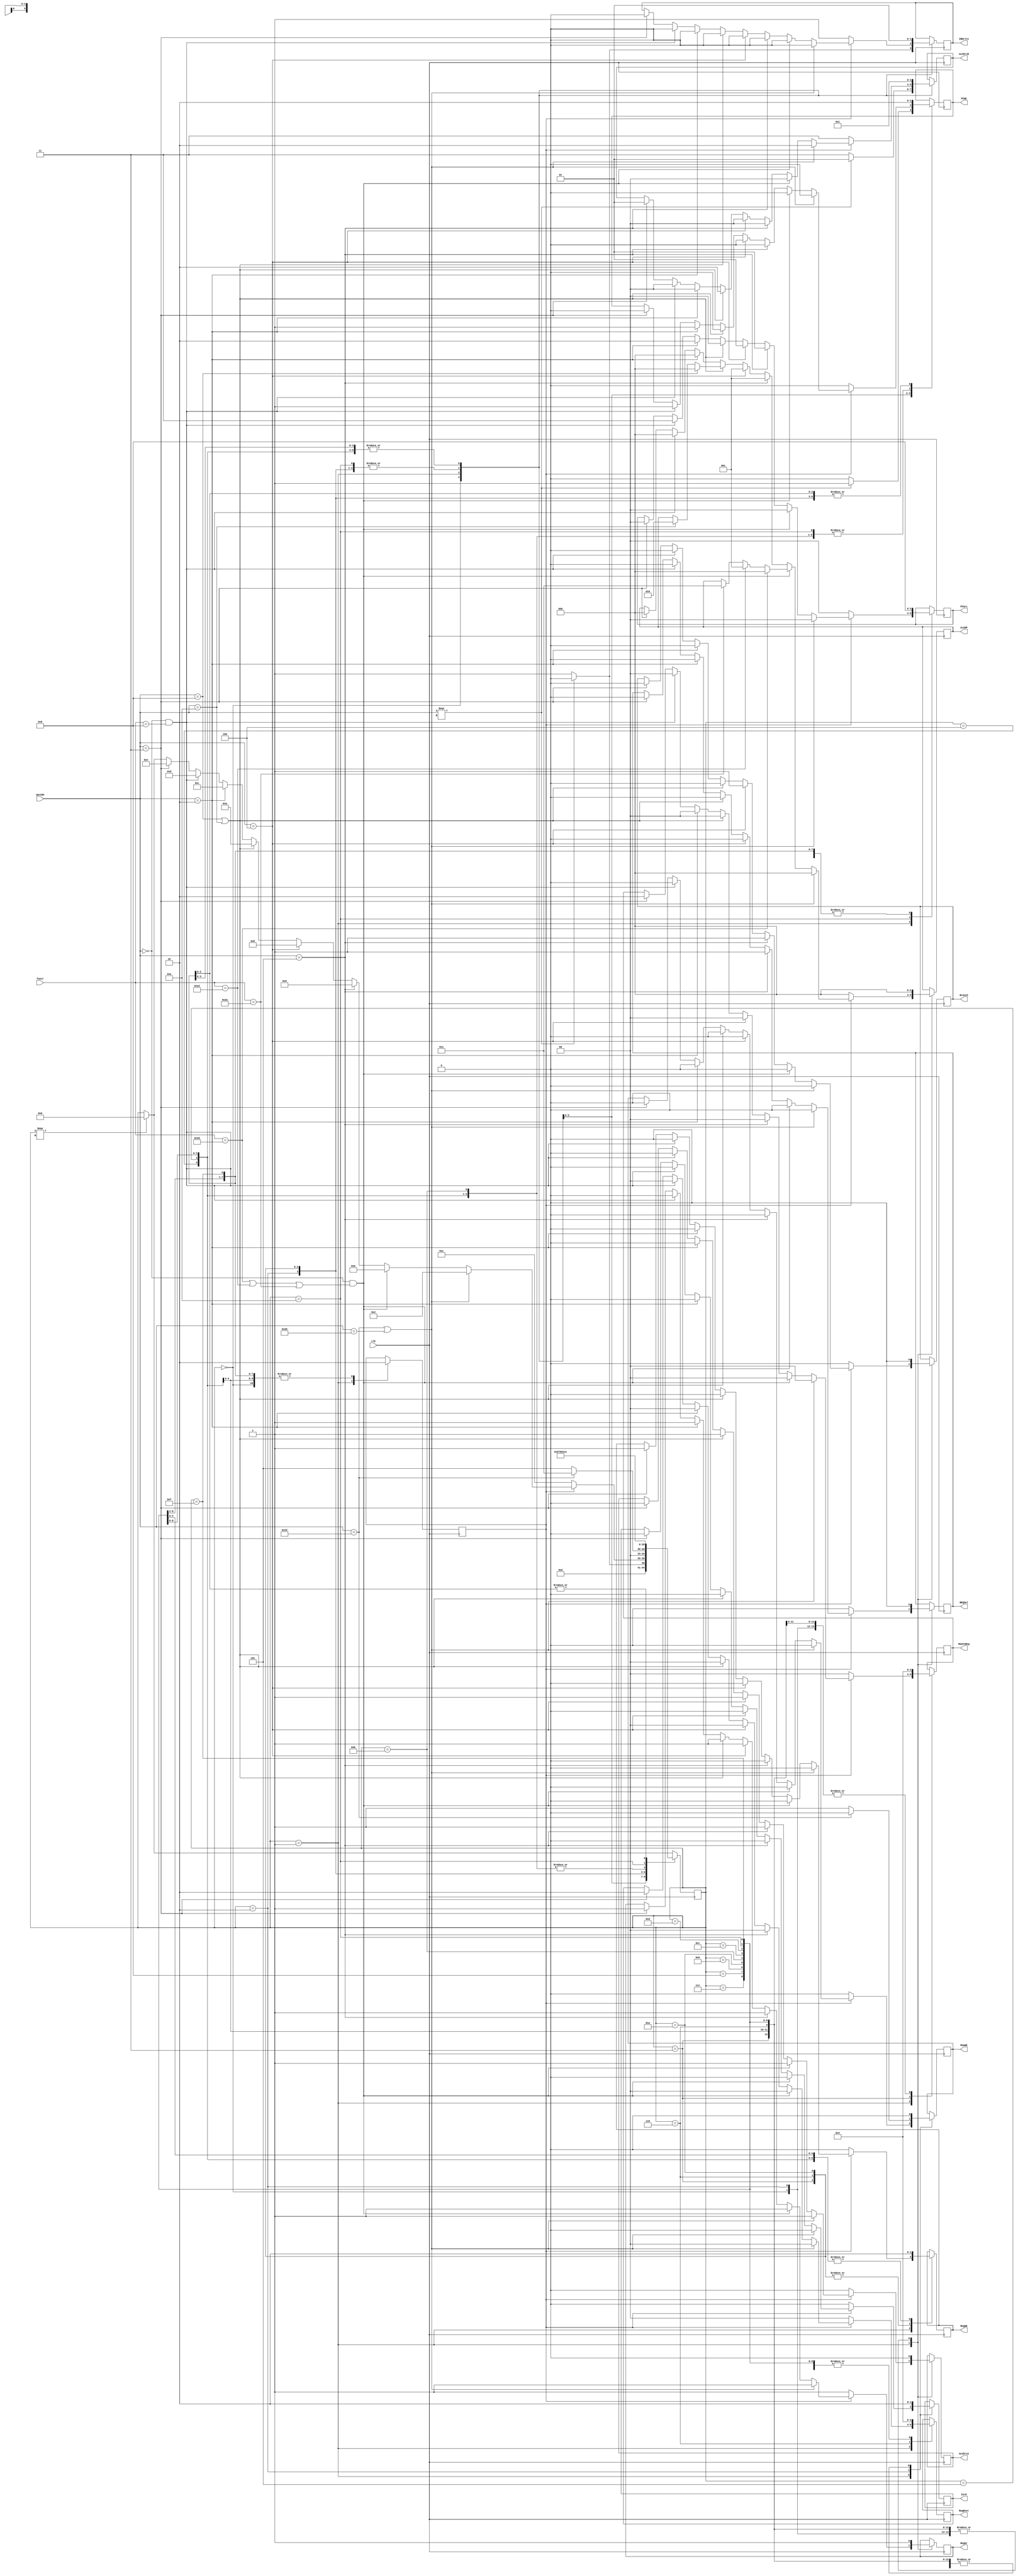
//------------------------------------------------------------------------
// Finite State Machine
//------------------------------------------------------------------------
`define ADD  3'd0
`define SUB  3'd1
`define XOR  3'd2
`define SLT  3'd3
`define AND  3'd4
`define NAND 3'd5
`define NOR  3'd6
`define OR   3'd7

module fsm (
input clk,
input [5:0] opcode,
input [5:0] funct,
output reg PCWE, IorD, MemWE, IRWrite, RegSr,
output reg RegWE, ALUSrcA, Branch, BEQSel,
output reg [2:0] ALUOP,
output reg [1:0] RegDest, MemToReg, ALUSrcB, PCSrc
);
// state constants
parameter Fetch = 5'd0;
parameter Decode = 5'd1;
parameter MemAddr = 5'd2;
parameter MemRead = 5'd3;
parameter MemWriteBack = 5'd4;
parameter MemWrite = 5'd5;
parameter Execute = 5'd6;
parameter ALUWriteBack = 5'd7;
parameter BEQ = 5'd8;
parameter BNE = 5'd9;
parameter ADDIExecute = 5'd10;
parameter ADDIWriteBack = 5'd11;
parameter Jump = 5'd12;
parameter JR = 5'd13;
parameter JALWriteBack = 5'd14;
parameter JALJump = 5'd15;

// state variables
reg[4:0] state;
reg count; //Decode takes one extra clock cycle to complete

// map state to flags
always @ (posedge clk)
begin
  if (state === 5'dx) begin //cold start
    state <= Fetch;
  end
  case(state)
    Fetch : begin
      if (opcode === 6'dx) begin //cold start
        state <= Fetch;
        PCWE <= 1;
        IorD <= 0;
        MemWE <= 0;
        IRWrite <= 0;
        RegDest <= 2'd0;
        RegSr <= 1;
        MemToReg <= 2'd0;
        RegWE <= 0;
        ALUSrcA <= 0;
        ALUSrcB <= 2'd1;
        ALUOP <= `ADD;
        PCSrc <= 2'd0;
        Branch <= 0;
        BEQSel <= 0;
        count <= 0;
      end else begin
        state <= Decode;
        PCWE <= 0;
        IorD <= 0;
        MemWE <= 0;
        IRWrite <= 1;
        RegDest <= 2'd0;
        RegSr <= 1;
        MemToReg <= 2'd0;
        RegWE <= 0;
        ALUSrcA <= 0;
        ALUSrcB <= 2'd3;
        ALUOP <= `ADD;
        PCSrc <= 2'd0;
        Branch <= 0;
        BEQSel <= 0;
        count <= 0;
      end
    end
    Decode : begin
      if (count == 0) begin
        state <= Decode;
        PCWE <= 0;
        IorD <= 0;
        MemWE <= 0;
        IRWrite <= 1;
        RegDest <= 2'd0;
        RegSr <= 1;
        MemToReg <= 2'd0;
        RegWE <= 0;
        ALUSrcA <= 0;
        ALUSrcB <= 2'd3;
        ALUOP <= `ADD;
        PCSrc <= 2'd0;
        Branch <= 0;
        BEQSel <= 0;
        count <= 1;
      end else begin
        if (opcode == 6'h23 || opcode == 6'h2b) begin //lw +sw
          state <= MemAddr;
          PCWE <= 0;
          IorD <= 0;
          MemWE <= 0;
          IRWrite <= 0;
          RegDest <= 2'd0;
          RegSr <= 1;
          MemToReg <= 2'd0;
          RegWE <= 0;
          ALUSrcA <= 1;
          ALUSrcB <= 2'd2;
          ALUOP <= `ADD;
          PCSrc <= 2'd0;
          Branch <= 0;
          BEQSel <= 0;
        end else if (opcode == 6'h0 && (funct == 6'h20 || funct == 6'h22 || funct == 6'h2a)) begin //r
          state <= Execute;
          PCWE <= 0;
          IorD <= 0;
          MemWE <= 0;
          IRWrite <= 0;
          RegDest <= 2'd0;
          RegSr <= 1;
          MemToReg <= 2'd0;
          RegWE <= 0;
          ALUSrcA <= 1;
          ALUSrcB <= 2'd0;
          if (funct == 6'h20) begin //add
            ALUOP <= `ADD;
          end else if (funct == 6'h22) begin //sub
            ALUOP <= `SUB;
          end else if (funct == 6'h2a) begin //slt
            ALUOP <= `SLT;
          end
          PCSrc <= 2'd0;
          Branch <= 0;
          BEQSel <= 0;
        end else if (opcode == 6'h5) begin //bne
          state <= BNE;
          PCWE <= 0;
          IorD <= 0;
          MemWE <= 0;
          IRWrite <= 0;
          RegDest <= 2'd0;
          RegSr <= 1;
          MemToReg <= 2'd0;
          RegWE <= 0;
          ALUSrcA <= 1;
          ALUSrcB <= 2'd0;
          ALUOP <= `SUB;
          PCSrc <= 2'd1;
          Branch <= 1;
          BEQSel <= 1;
        end else if (opcode == 6'h4) begin //beq
          state <= BEQ;
          PCWE <= 0;
          IorD <= 0;
          MemWE <= 0;
          IRWrite <= 0;
          RegDest <= 2'd0;
          RegSr <= 1;
          MemToReg <= 2'd0;
          RegWE <= 0;
          ALUSrcA <= 1;
          ALUSrcB <= 2'd0;
          ALUOP <= `SUB;
          PCSrc <= 2'd1;
          Branch <= 1;
          BEQSel <= 0;
        end else if (opcode == 6'h8 || opcode == 6'he) begin //addi+xori
          state <= ADDIExecute;
          PCWE <= 0;
          IorD <= 0;
          MemWE <= 0;
          IRWrite <= 0;
          RegDest <= 2'd0;
          RegSr <= 1;
          MemToReg <= 2'd0;
          RegWE <= 0;
          ALUSrcA <= 1;
          ALUSrcB <= 2'd2;
          if (opcode == 6'h8) begin
            ALUOP <= `ADD;
          end else if (opcode == 6'he) begin
            ALUOP <= `XOR;
          end
          PCSrc <= 2'd0;
          Branch <= 0;
          BEQSel <= 0;
        end else if (opcode == 6'h2) begin //jump
          state <= Jump;
          PCWE <= 1;
          IorD <= 0;
          MemWE <= 0;
          IRWrite <= 0;
          RegDest <= 2'd0;
          RegSr <= 1;
          MemToReg <= 2'd0;
          RegWE <= 0;
          ALUSrcA <= 0;
          ALUSrcB <= 2'd0;
          ALUOP <= `ADD;
          PCSrc <= 2'd2;
          Branch <= 0;
          BEQSel <= 0;
        end else if (opcode == 0 && funct == 6'h8) begin //jr
          state <= JR;
          PCWE <= 1;
          IorD <= 0;
          MemWE <= 0;
          IRWrite <= 0;
          RegDest <= 2'd0;
          RegSr <= 0;
          MemToReg <= 2'd0;
          RegWE <= 0;
          ALUSrcA <= 0;
          ALUSrcB <= 2'd0;
          ALUOP <= `ADD;
          PCSrc <= 2'd3;
          Branch <= 0;
          BEQSel <= 0;
        end else if (opcode == 6'h3) begin //jal
          state <= JALWriteBack;
          PCWE <= 0;
          IorD <= 0;
          MemWE <= 0;
          IRWrite <= 0;
          RegDest <= 2'd2;
          RegSr <= 1;
          MemToReg <= 2'd2;
          RegWE <= 1;
          ALUSrcA <= 0;
          ALUSrcB <= 2'd1;
          ALUOP <= `ADD;
          PCSrc <= 2'd0;
          Branch <= 0;
          BEQSel <= 0;
        end
      end
    end
    MemAddr : begin
      if (opcode == 6'h23) begin //lw
        state <= MemRead;
        PCWE <= 0;
        IorD <= 1;
        MemWE <= 0;
        IRWrite <= 0;
        RegDest <= 2'd0;
        RegSr <= 1;
        MemToReg <= 2'd0;
        RegWE <= 0;
        ALUSrcA <= 0;
        ALUSrcB <= 2'd0;
        ALUOP <= `ADD;
        PCSrc <= 2'd0;
        Branch <= 0;
        BEQSel <= 0;
      end else begin
        state <= MemWrite;
        PCWE <= 0;
        IorD <= 1;
        MemWE <= 1;
        IRWrite <= 0;
        RegDest <= 2'd0;
        RegSr <= 1;
        MemToReg <= 2'd0;
        RegWE <= 0;
        ALUSrcA <= 0;
        ALUSrcB <= 2'd0;
        ALUOP <= `ADD;
        PCSrc <= 2'd0;
        Branch <= 0;
        BEQSel <= 0;
      end
    end
    MemRead : begin
      state <= MemWriteBack;
      PCWE <= 0;
      IorD <= 0;
      MemWE <= 0;
      IRWrite <= 0;
      RegDest <= 2'd0;
      RegSr <= 1;
      MemToReg <= 2'd1;
      RegWE <= 1;
      ALUSrcA <= 0;
      ALUSrcB <= 2'd0;
      ALUOP <= `ADD;
      PCSrc <= 2'd0;
      Branch <= 0;
      BEQSel <= 0;
    end
    MemWriteBack: begin
      state <= Fetch;
      PCWE <= 1;
      IorD <= 0;
      MemWE <= 0;
      IRWrite <= 1;
      RegDest <= 2'd0;
      RegSr <= 1;
      MemToReg <= 2'd0;
      RegWE <= 0;
      ALUSrcA <= 0;
      ALUSrcB <= 2'd1;
      ALUOP <= `ADD;
      PCSrc <= 2'd0;
      Branch <= 0;
      BEQSel <= 0;
      count <= 0;
    end
    MemWrite : begin
      state <= Fetch;
      PCWE <= 1;
      IorD <= 0;
      MemWE <= 0;
      IRWrite <= 1;
      RegDest <= 2'd0;
      RegSr <= 1;
      MemToReg <= 2'd0;
      RegWE <= 0;
      ALUSrcA <= 0;
      ALUSrcB <= 2'd1;
      ALUOP <= `ADD;
      PCSrc <= 2'd0;
      Branch <= 0;
      BEQSel <= 0;
      count <= 0;
    end
    Execute : begin
      state <= ALUWriteBack;
      PCWE <= 0;
      IorD <= 0;
      MemWE <= 0;
      IRWrite <= 0;
      RegDest <= 2'd1;
      RegSr <= 1;
      MemToReg <= 2'd0;
      RegWE <= 1;
      ALUSrcA <= 0;
      ALUSrcB <= 2'd0;
      ALUOP <= `ADD;
      PCSrc <= 2'd0;
      Branch <= 0;
      BEQSel <= 0;
    end
    ALUWriteBack : begin
      state <= Fetch;
      PCWE <= 1;
      IorD <= 0;
      MemWE <= 0;
      IRWrite <= 1;
      RegDest <= 2'd0;
      RegSr <= 1;
      MemToReg <= 2'd0;
      RegWE <= 0;
      ALUSrcA <= 0;
      ALUSrcB <= 2'd1;
      ALUOP <= `ADD;
      PCSrc <= 2'd0;
      Branch <= 0;
      BEQSel <= 0;
      count <= 0;
    end
    BEQ : begin
      state <= Fetch;
      PCWE <= 1;
      IorD <= 0;
      MemWE <= 0;
      IRWrite <= 1;
      RegDest <= 2'd0;
      RegSr <= 1;
      MemToReg <= 2'd0;
      RegWE <= 0;
      ALUSrcA <= 0;
      ALUSrcB <= 2'd1;
      ALUOP <= `ADD;
      PCSrc <= 2'd0;
      Branch <= 0;
      BEQSel <= 0;
      count <= 0;
    end
    BNE : begin
      state <= Fetch;
      PCWE <= 1;
      IorD <= 0;
      MemWE <= 0;
      IRWrite <= 1;
      RegDest <= 2'd0;
      RegSr <= 1;
      MemToReg <= 2'd0;
      RegWE <= 0;
      ALUSrcA <= 0;
      ALUSrcB <= 2'd1;
      ALUOP <= `ADD;
      PCSrc <= 2'd0;
      Branch <= 0;
      BEQSel <= 0;
      count <= 0;
    end
    ADDIExecute : begin
      state <= ADDIWriteBack;
      PCWE <= 0;
      IorD <= 0;
      MemWE <= 0;
      IRWrite <= 0;
      RegDest <= 2'd0;
      RegSr <= 1;
      MemToReg <= 2'd0;
      RegWE <= 1;
      ALUSrcA <= 0;
      ALUSrcB <= 2'd0;
      ALUOP <= `ADD;
      PCSrc <= 2'd0;
      Branch <= 0;
      BEQSel <= 0;
      count <= 0;
    end
    ADDIWriteBack : begin
      state <= Fetch;
      PCWE <= 1;
      IorD <= 0;
      MemWE <= 0;
      IRWrite <= 1;
      RegDest <= 2'd0;
      RegSr <= 1;
      MemToReg <= 2'd0;
      RegWE <= 0;
      ALUSrcA <= 0;
      ALUSrcB <= 2'd1;
      ALUOP <= `ADD;
      PCSrc <= 2'd0;
      Branch <= 0;
      BEQSel <= 0;
      count <= 0;
    end
    Jump : begin
      state <= Decode;
      PCWE <= 0;
      IorD <= 0;
      MemWE <= 0;
      IRWrite <= 1;
      RegDest <= 2'd0;
      RegSr <= 1;
      MemToReg <= 2'd0;
      RegWE <= 0;
      ALUSrcA <= 0;
      ALUSrcB <= 2'd1;
      ALUOP <= `ADD;
      PCSrc <= 2'd0;
      Branch <= 0;
      BEQSel <= 0;
      count <= 0;
    end
    JR : begin
      state <= Decode;
      PCWE <= 0;
      IorD <= 0;
      MemWE <= 0;
      IRWrite <= 1;
      RegDest <= 2'd0;
      RegSr <= 1;
      MemToReg <= 2'd0;
      RegWE <= 0;
      ALUSrcA <= 0;
      ALUSrcB <= 2'd1;
      ALUOP <= `ADD;
      PCSrc <= 2'd0;
      Branch <= 0;
      BEQSel <= 0;
      count <= 0;
    end
    JALWriteBack : begin
      state <= JALJump;
      PCWE <= 1;
      IorD <= 0;
      MemWE <= 0;
      IRWrite <= 0;
      RegDest <= 2'd0;
      RegSr <= 1;
      MemToReg <= 2'd0;
      RegWE <= 0;
      ALUSrcA <= 0;
      ALUSrcB <= 2'd0;
      ALUOP <= `ADD;
      PCSrc <= 2'd2;
      Branch <= 0;
      BEQSel <= 0;
    end
    JALJump : begin
      state <= Decode;
      PCWE <= 0;
      IorD <= 0;
      MemWE <= 0;
      IRWrite <= 1;
      RegDest <= 2'd0;
      RegSr <= 1;
      MemToReg <= 2'd0;
      RegWE <= 0;
      ALUSrcA <= 0;
      ALUSrcB <= 2'd1;
      ALUOP <= `ADD;
      PCSrc <= 2'd0;
      Branch <= 0;
      BEQSel <= 0;
      count <= 0;
    end
  endcase
end

endmodule